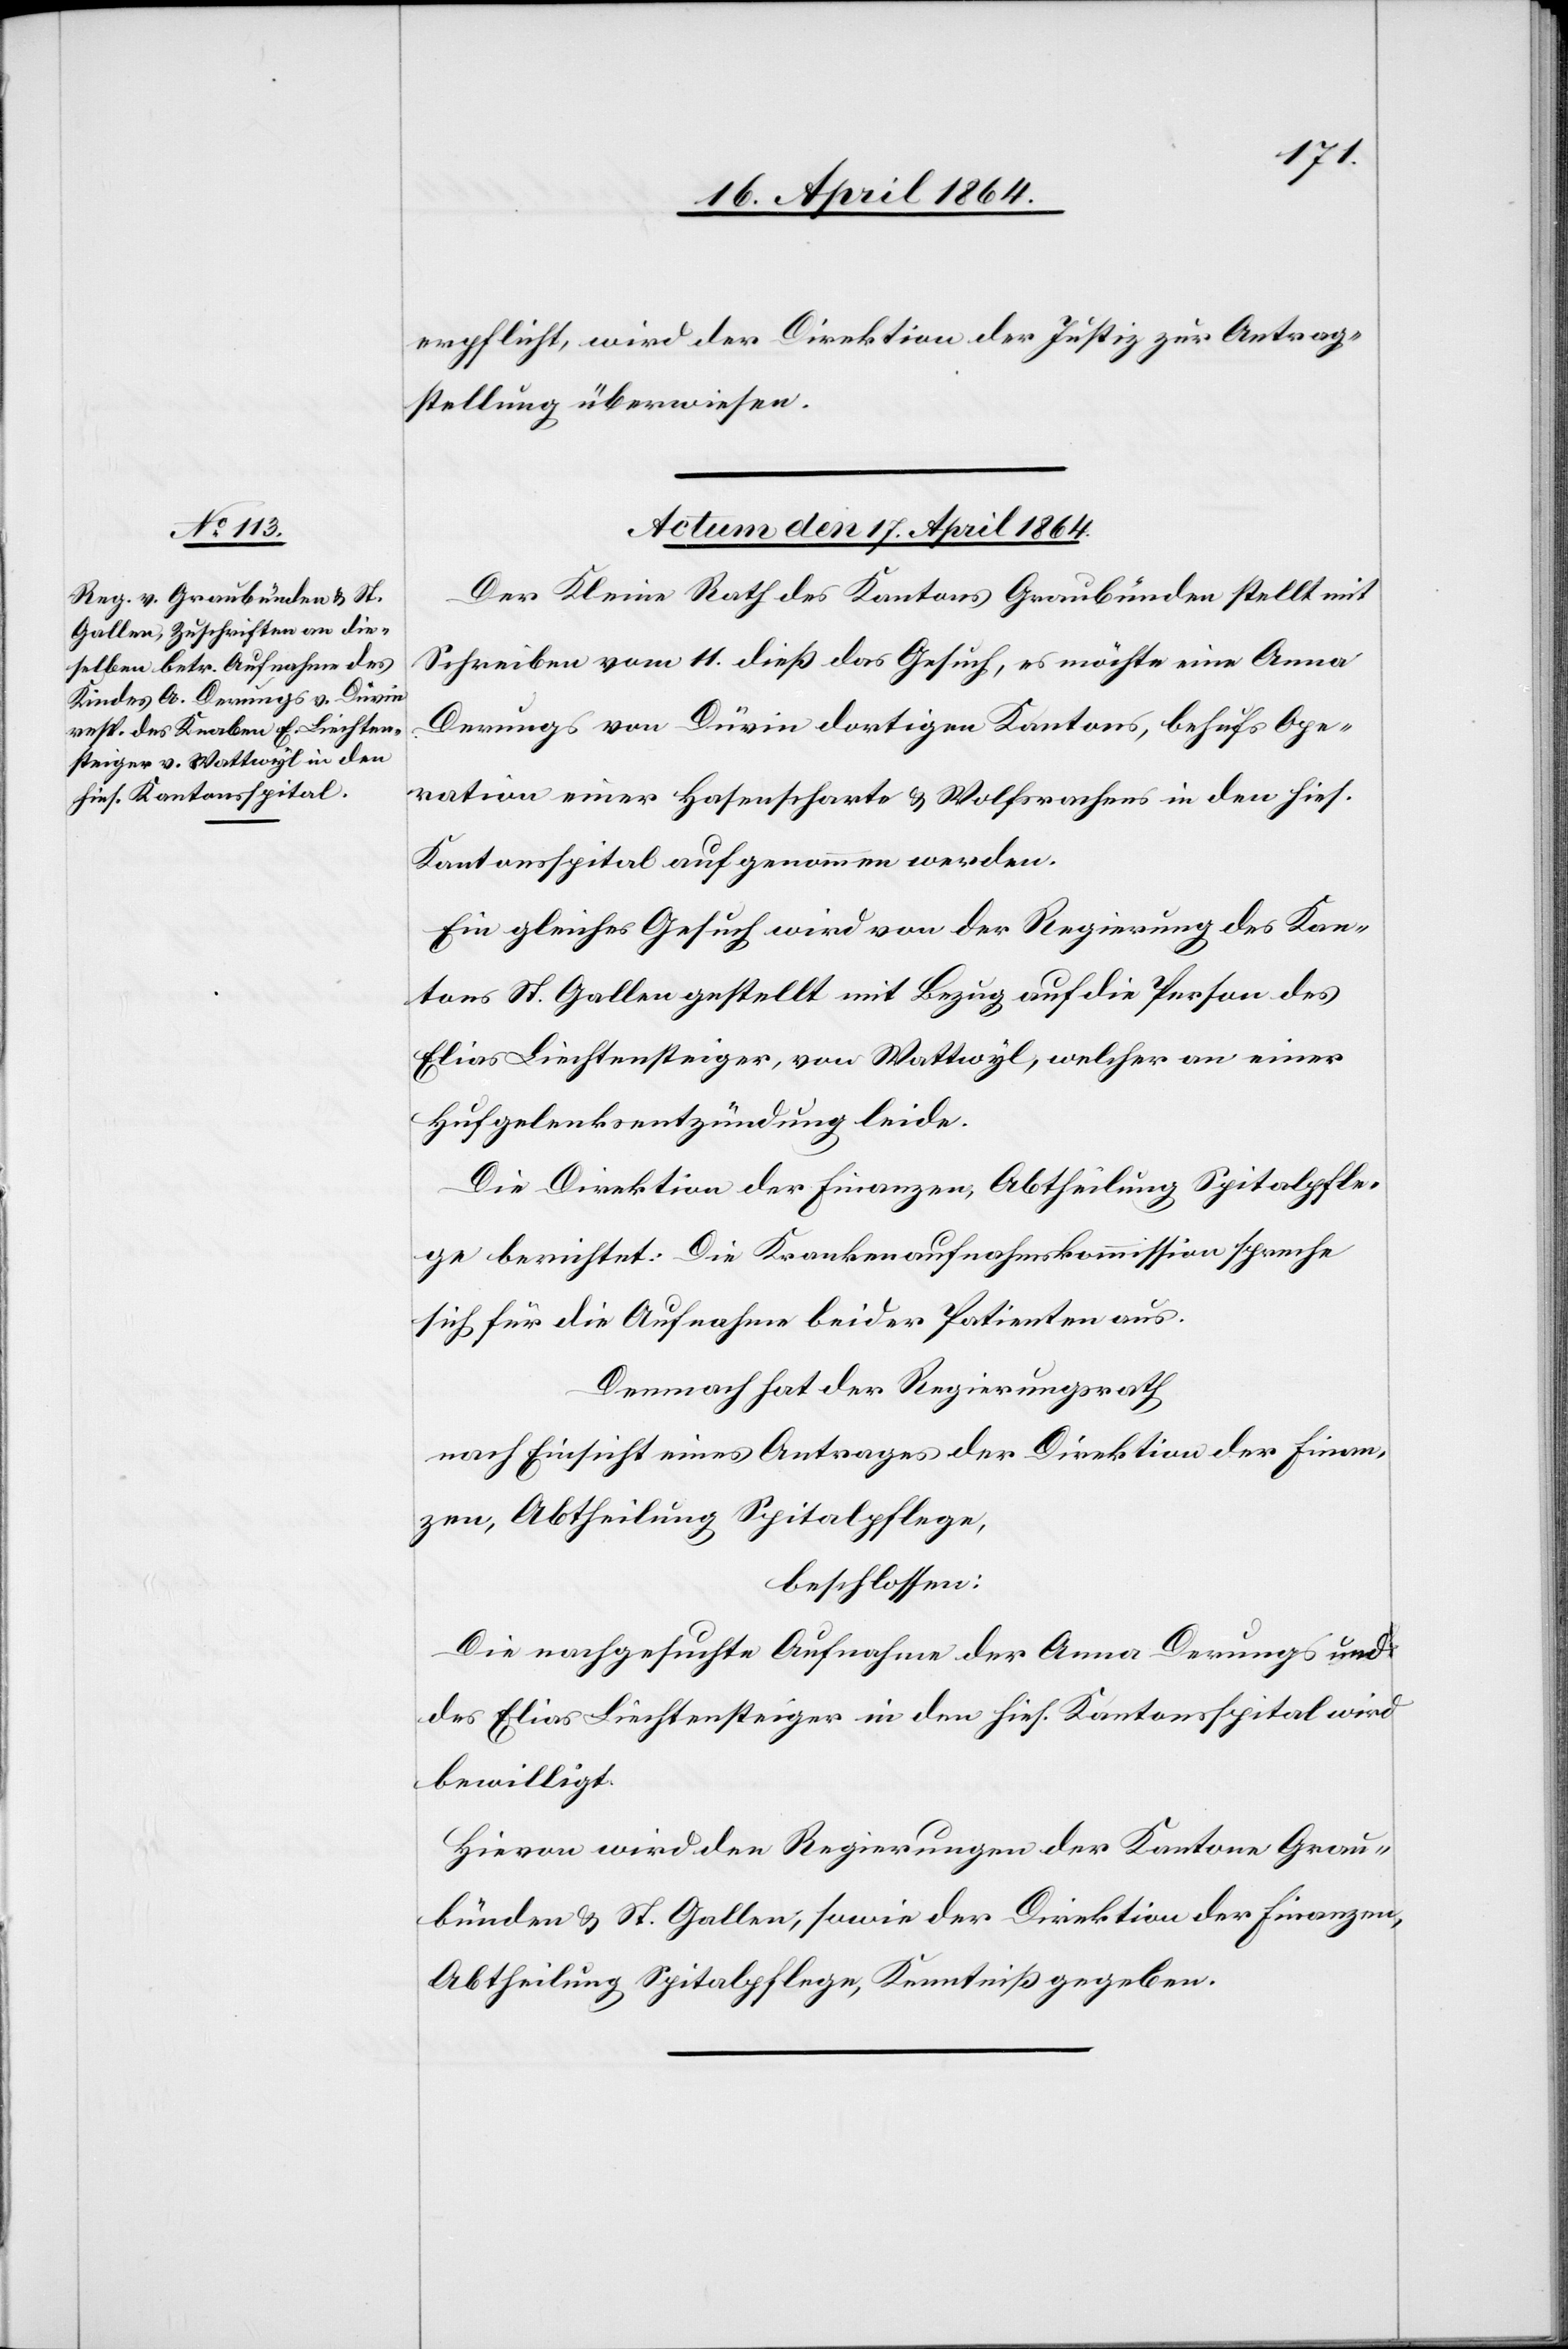
erpflicht wird der Direktion der Justiz zur Antrag¬
stellung überwiesen.
Actum den 17. April 1864.
Der Kleine Rath des Kantons Graubünden stellt mit
Schreiben vom 11. dieß das Gesuch, es möchte eine Anna
Derungs von Düvin dortigen Kantons, behufs Ope¬
ration einer Hasenscharte u. Wolfsrachens in den hies.
Kantonsspital aufgenommen werden.
Ein gleiches Gesuch wird von der Regierung des Kan¬
tons St. Gallen gestellt mit Bezug auf die Person des
Elias Liechtensteiger, von Wattwyl, welcher an einer
Hufgelenksentzündung leide.
Die Direktion der Finanzen, Abtheilung Spitalpfle¬
ge berichtet: Die Krankenaufnahmskommission spreche
sich für die Aufnahme beider Patienten aus.
Demnach hat der Regierungsrath
nach Einsicht eines Antrages der Direktion der Finan¬
zen, Abtheilung Spitalpflege,
beschlossen:
Die nachgesuchte Aufnahme der Anna Derungs und
des Elias Liechtensteiger in den hies. Kantonsspital wird
bewilligt.
Hievon wird den Regierungen der Kantone Grau¬
bünden u. St. Gallen, sowie der Direktion der Finanzen,
Abtheilung Spitalpflege, Kenntniß gegeben.